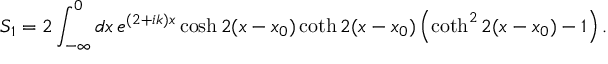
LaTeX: S _ { 1 } = 2 \int _ { - \infty } ^ { 0 } d x \, e ^ { ( 2 + i k ) x } \cosh 2 ( x - x _ { 0 } ) \coth 2 ( x - x _ { 0 } ) \left( \coth ^ { 2 } 2 ( x - x _ { 0 } ) - 1 \right) .